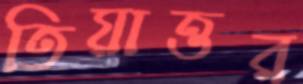
তিয়াত্তর